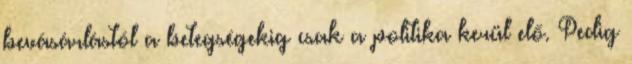
bevásárlástól a betegségekig csak a politika kerül elő. Pedig